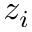
z _ { i }